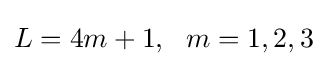
L=4m+1,\ \ m=1,2,3